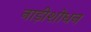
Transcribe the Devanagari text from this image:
नाड़ीशोधन